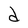
Character: d